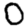
Digit: 0